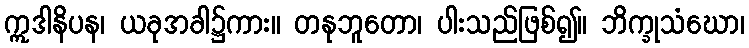
ဣဒါနိပန၊ ယခုအခါ၌ကား။ တနုဘူတော၊ ပါးသည်ဖြစ်၍။ ဘိက္ခုသံဃော၊